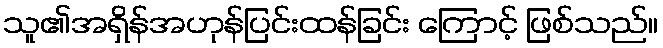
သူ၏အရှိန်အဟုန်ပြင်းထန်ခြင်း ကြောင့် ဖြစ်သည်။